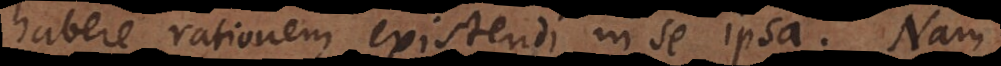
habere rationem existendi in se ipsa. Nam